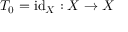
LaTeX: T _ { 0 } = \mathrm { i d } _ { X } : X \rightarrow X